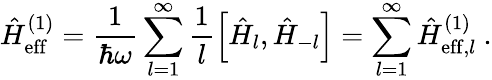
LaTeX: \hat{H}_{\mathrm{eff}}^{(1)}=\frac{1}{\hbar\omega}\sum_{l=1}^{\infty}\frac{1}{l}\left[\hat{H}_{l},\hat{H}_{-l}\right]=\sum_{l=1}^{\infty}\hat{H}_{\mathrm{eff},l}^{(1)}~.